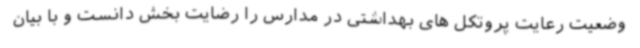
وضعیت رعایت پروتکل های بهداشتی در مدارس را رضایت بخش دانست و با بیان